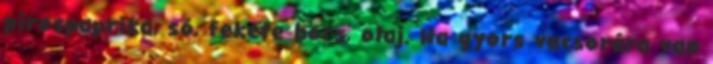
pirospaprika, só, fekete bors, olaj. Ha gyors vacsorára van